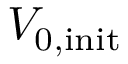
V _ { \mathrm { 0 , i n i t } }